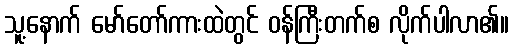
သူ့နောက် မော်တော်ကားထဲတွင် ဝန်ကြီးတက်စ လိုက်ပါလာ၏။